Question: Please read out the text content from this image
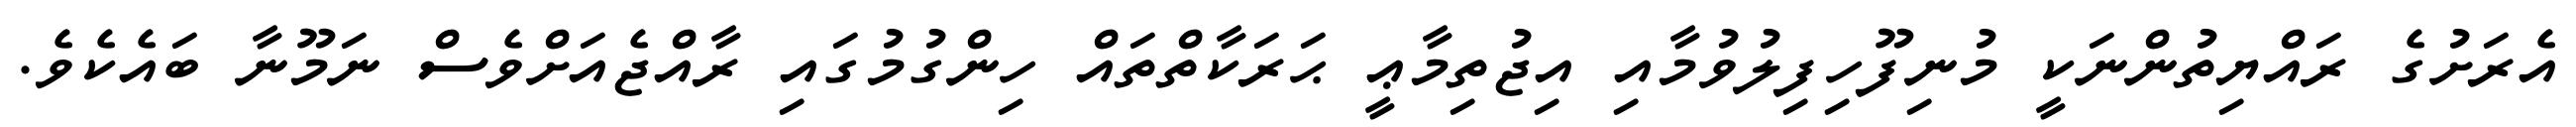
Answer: އެރަށުގެ ރައްޔިތުންނަކީ މުނިފޫހިފިލުވުމާއި އިޖުތިމާޢީ ޙަރަކާތްތައް ހިންގުމުގައި ރާއްޖެއަށްވެސް ނަމޫނާ ބައެކެވެ.